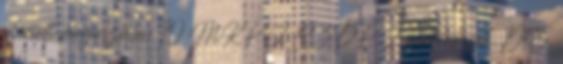
szerinti megoszlása: 10 MKP, 2 SZDP, 2 pártonkívüli. 1945.